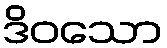
ဒိဝသော